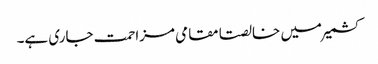
کشمیر میں خالصتا مقامی مزاحمت جاری ہے۔